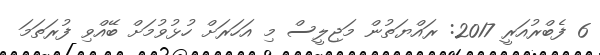
6 ފެބްރުއަރީ 2017: ރައްޔަތުން މަޖިލީސް މި އަހަރަށް ހުޅުވުމަށް ބޭއްވި ފުރަތަމަ